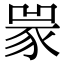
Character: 𧱃